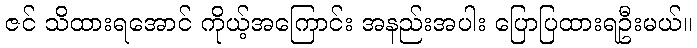
ဇင် သိထားရအောင် ကိုယ့်အကြောင်း အနည်းအပါး ပြောပြထားရဦးမယ်။